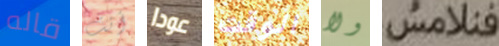
قاله أنت عودا الوقت ولا فنلامس